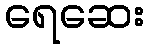
ရေဆေး